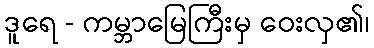
ဒူရေ - ကမ္ဘာမြေကြီးမှ ဝေးလှ၏၊